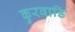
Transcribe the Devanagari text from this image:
कुरवाडि